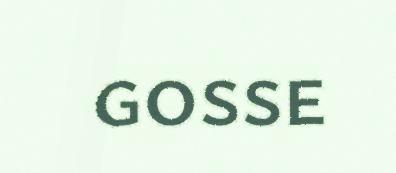
gosse